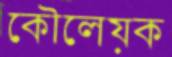
কৌলেয়ক